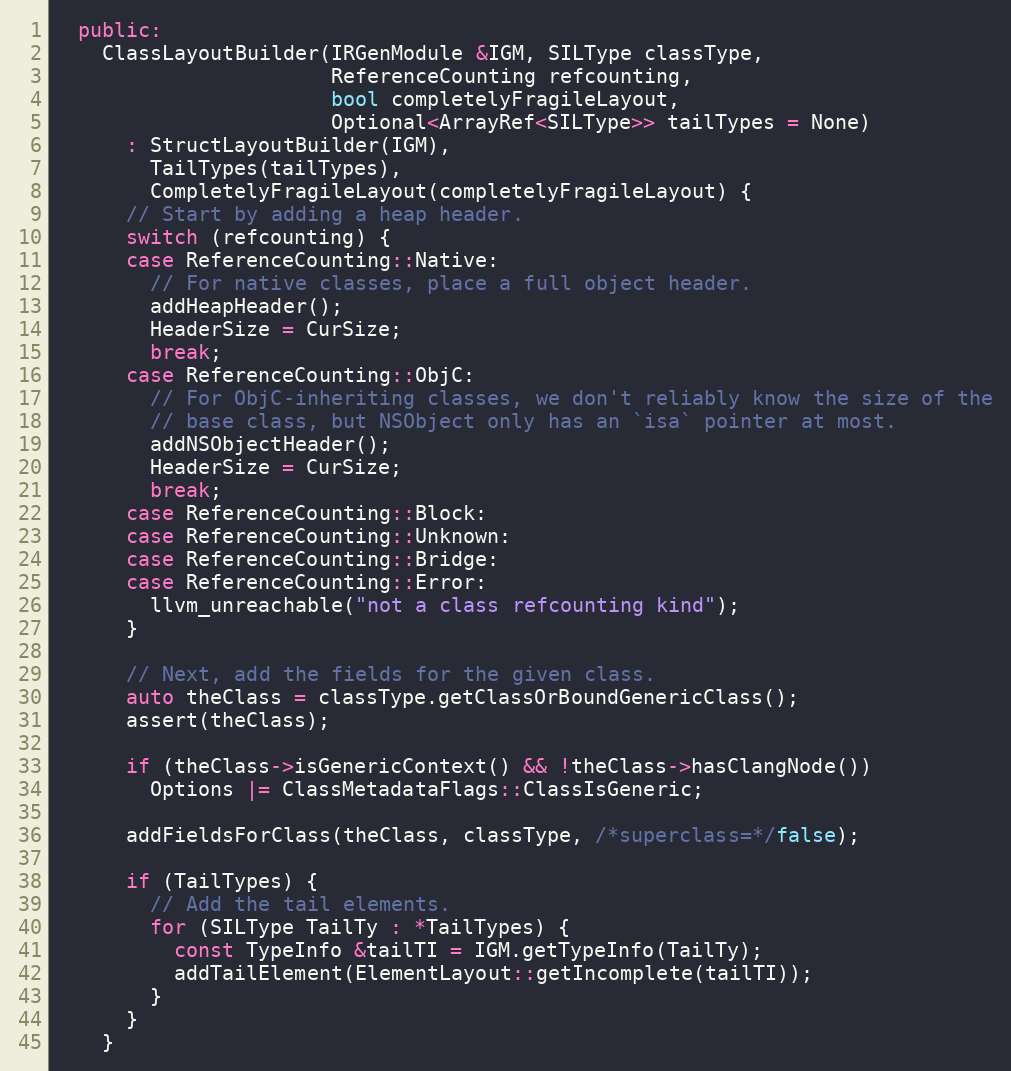
Language: C++
  public:
    ClassLayoutBuilder(IRGenModule &IGM, SILType classType,
                       ReferenceCounting refcounting,
                       bool completelyFragileLayout,
                       Optional<ArrayRef<SILType>> tailTypes = None)
      : StructLayoutBuilder(IGM),
        TailTypes(tailTypes),
        CompletelyFragileLayout(completelyFragileLayout) {
      // Start by adding a heap header.
      switch (refcounting) {
      case ReferenceCounting::Native:
        // For native classes, place a full object header.
        addHeapHeader();
        HeaderSize = CurSize;
        break;
      case ReferenceCounting::ObjC:
        // For ObjC-inheriting classes, we don't reliably know the size of the
        // base class, but NSObject only has an `isa` pointer at most.
        addNSObjectHeader();
        HeaderSize = CurSize;
        break;
      case ReferenceCounting::Block:
      case ReferenceCounting::Unknown:
      case ReferenceCounting::Bridge:
      case ReferenceCounting::Error:
        llvm_unreachable("not a class refcounting kind");
      }

      // Next, add the fields for the given class.
      auto theClass = classType.getClassOrBoundGenericClass();
      assert(theClass);

      if (theClass->isGenericContext() && !theClass->hasClangNode())
        Options |= ClassMetadataFlags::ClassIsGeneric;

      addFieldsForClass(theClass, classType, /*superclass=*/false);

      if (TailTypes) {
        // Add the tail elements.
        for (SILType TailTy : *TailTypes) {
          const TypeInfo &tailTI = IGM.getTypeInfo(TailTy);
          addTailElement(ElementLayout::getIncomplete(tailTI));
        }
      }
    }